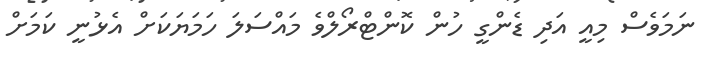
ނަމަވެސް މިއީ އަދި ޑެންގީ ހުން ކޮންޓްރޯލްވެ މައްސަލަ ހަމަޔަކަށް އެޅުނީ ކަމަށް